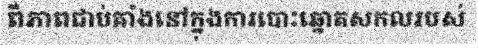
ពីភាពជាប់គាំងនៅក្នុងការបោះឆ្នោតសកលរបស់